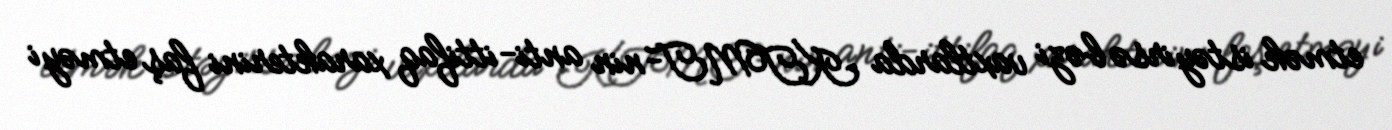
etmək istəyirsə bəzi vaxtlarda KTMT-nin anti-ittifaq xarakterini faş etməyi